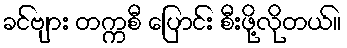
ခင်ဗျား တက္ကစီ ပြောင်း စီးဖို့လိုတယ်။